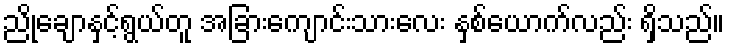
ညိုချောနှင့်ရွယ်တူ အခြားကျောင်းသားလေး နှစ်ယောက်လည်း ရှိသည်။